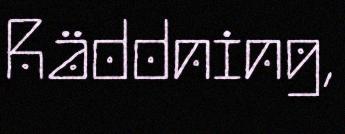
Räddning,